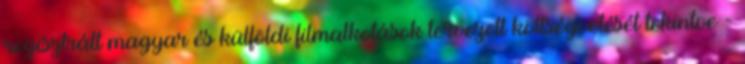
regisztrált magyar és külföldi filmalkotások tervezett költségvetését tekintve -